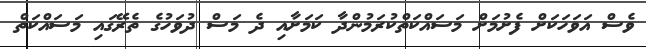
ވެސް އަވަހަކަށް ފެށުމަށް މަސައްކަތްކުރަމުންދާ ކަމަށާއި ދެ މަސް ދުވަހުގެ ތެރޭގައި މަސައްކަތް